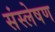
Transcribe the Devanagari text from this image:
संस्लेषण